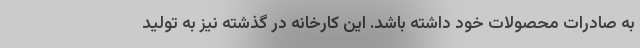
به صادرات محصولات خود داشته باشد. این کارخانه در گذشته نیز به تولید